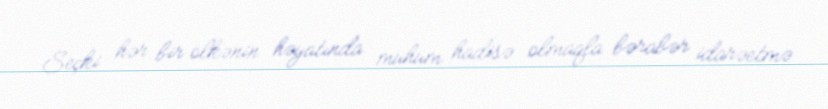
Seçki hər bir ölkənin həyatında mühüm hadisə olmaqla bərabər idarəetmə